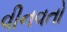
વીનવતો